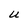
Character: U